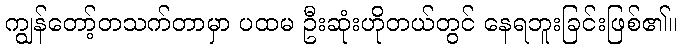
ကျွန်တော့်တသက်တာမှာ ပထမ ဦးဆုံးဟိုတယ်တွင် နေရဘူးခြင်းဖြစ်၏။